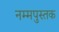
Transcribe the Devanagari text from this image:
नम्मपुस्तक